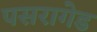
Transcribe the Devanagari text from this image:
पसरागेड